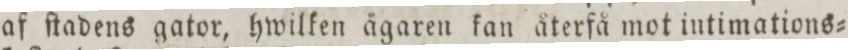
af ftadens gator, hwilken ägaren kan återfå mot intimations=